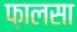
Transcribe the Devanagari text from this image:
फ़ालसा